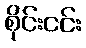
စိုင်းငင်း